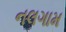
નલગામ